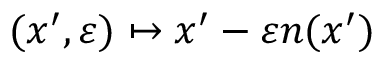
( x ^ { \prime } , \varepsilon ) \mapsto x ^ { \prime } - \varepsilon n ( x ^ { \prime } )